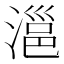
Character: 㴩